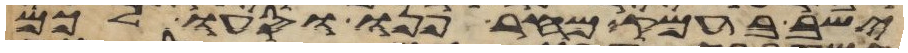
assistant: ישב בעמק מחר פנו וסעו לכם